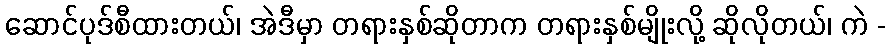
ဆောင်ပုဒ်စီထားတယ်၊ အဲဒီမှာ တရားနှစ်ဆိုတာက တရားနှစ်မျိုးလို့ ဆိုလိုတယ်၊ ကဲ -